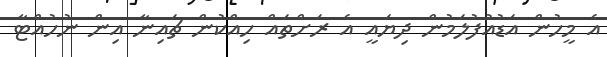
އެ މީހުން އަޑުއުފުލަމުން ދިޔައީ އެ ރަށްތައް ހިއްކުން ޗައިނާ އިން ނުހުއްޓާ